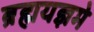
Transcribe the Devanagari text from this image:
ब्रह्मयज्ञमे